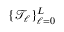
\{ \mathcal { T } _ { \ell } \} _ { \ell = 0 } ^ { L }